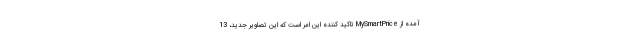
آمده از MySmartPrice تاکید کننده این امر است که این تصاویر جدید، 13